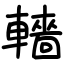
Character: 轖